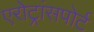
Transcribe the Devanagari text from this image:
एरोट्रांसपोर्ट